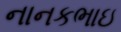
નાનકભાઇ